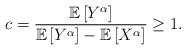
LaTeX: \begin{align*}c=\frac{\mathbb{E}\left [ Y^{\alpha } \right ]}{\mathbb{E}\left [ Y^{\alpha } \right ]-\mathbb{E}\left [ X^{\alpha } \right ]}\geq 1.\end{align*}